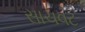
સાચવટ